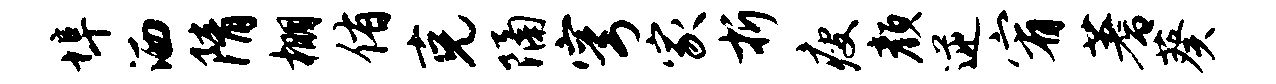
埠洒隋棚侑克隔穹家折瘦颜逆宥蓍葵